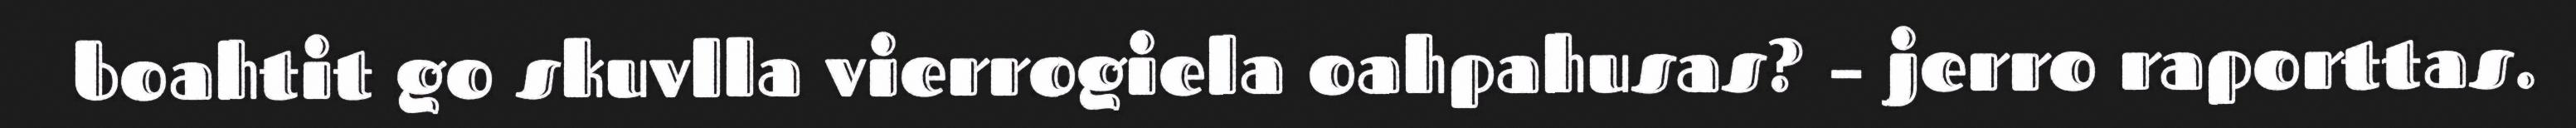
boahtit go skuvlla vierrogiela oahpahusas? – jerro raporttas.